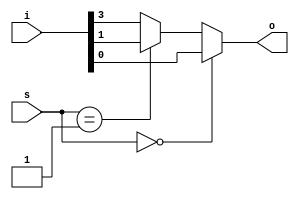
module mux_ifelse (o,s,i);
input   [4:0]i;
input  [1:0] s;
output       o;
reg  o;
always @(*)
begin
   if (s == 00)
      o = i[0];
   else if (s == 01)
      o = i[1];
   else if (s == 10)
      o = i[2];
   else
      o = i[3];
end
endmodule